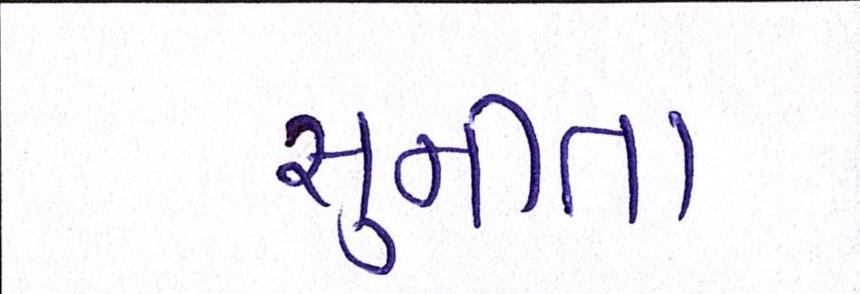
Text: સુનીતા